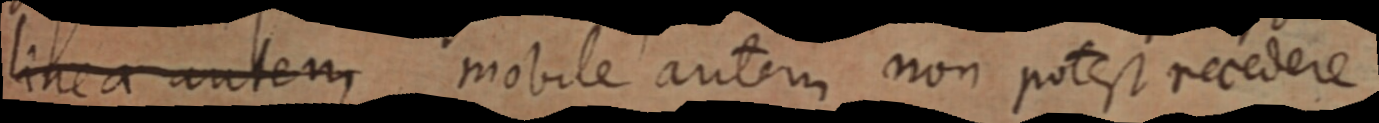
linea autem mobile autem non potest recedere